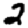
Digit: 2